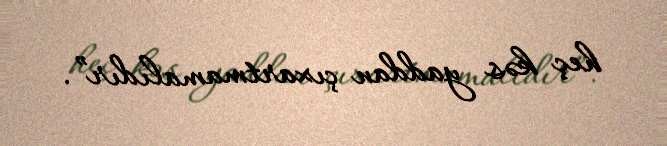
heç kəs yaddan çıxartmamalıdır”.